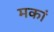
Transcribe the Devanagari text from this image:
मकां